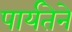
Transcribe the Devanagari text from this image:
पार्यतेने